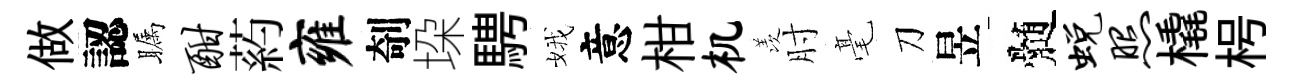
做認瞩酣葯雍剞垜騁娥意柑机羡肘毫刀昱髄蜕照橇枵